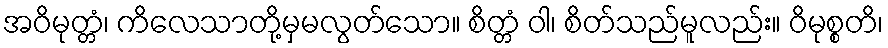
အဝိမုတ္တံ၊ ကိလေသာတို့မှမလွတ်သော။ စိတ္တံ ဝါ၊ စိတ်သည်မူလည်း။ ဝိမုစ္စတိ၊